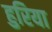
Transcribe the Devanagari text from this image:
हुरिया